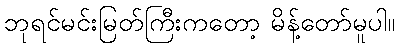
ဘုရင်မင်းမြတ်ကြီးကတော့ မိန့်တော်မူပါ။